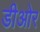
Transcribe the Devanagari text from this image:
डीओर